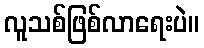
လူသစ်ဖြစ်လာရေးပဲ။